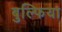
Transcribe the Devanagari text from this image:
बुल्फिया